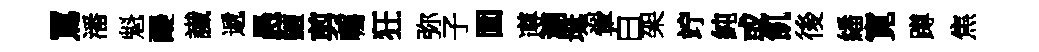
罵潘魁醍䜟遞愚鱣剪囑狂弥子圎遵溷埏翬白架竚純或飢後繙寛蹲焦